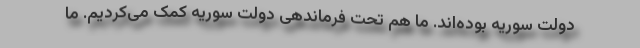
دولت سوریه بوده‌اند. ما هم تحت فرماندهی دولت سوریه کمک می‌کردیم. ما